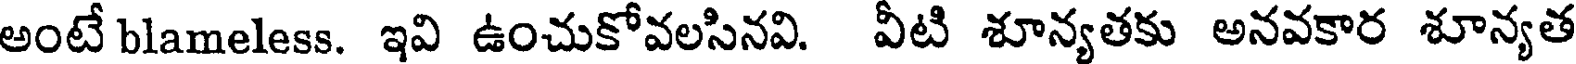
అంటే blameless. ఇవి ఉంచుకోవలసినవి. వీటి శూన్యతకు అనవకార శూన్యత